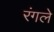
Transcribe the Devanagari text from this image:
रंगले